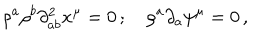
\rho ^ { a } \rho ^ { b } \partial _ { a b } ^ { 2 } x ^ { \mu } = 0 \, ; \quad \rho ^ { a } \partial _ { a } \psi ^ { \mu } = 0 \, ,